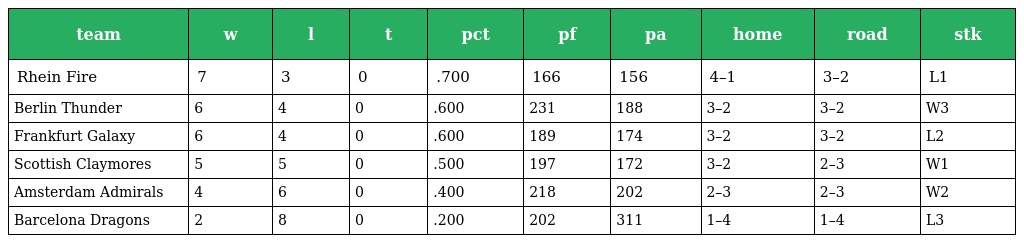
| team | w | l | t | pct | pf | pa | home | road | stk |
 | --- | --- | --- | --- | --- | --- | --- | --- | --- | --- |
 | Rhein Fire | 7 | 3 | 0 | .700 | 166 | 156 | 4–1 | 3–2 | L1 |
 | Berlin Thunder | 6 | 4 | 0 | .600 | 231 | 188 | 3–2 | 3–2 | W3 |
 | Frankfurt Galaxy | 6 | 4 | 0 | .600 | 189 | 174 | 3–2 | 3–2 | L2 |
 | Scottish Claymores | 5 | 5 | 0 | .500 | 197 | 172 | 3–2 | 2–3 | W1 |
 | Amsterdam Admirals | 4 | 6 | 0 | .400 | 218 | 202 | 2–3 | 2–3 | W2 |
 | Barcelona Dragons | 2 | 8 | 0 | .200 | 202 | 311 | 1–4 | 1–4 | L3 |